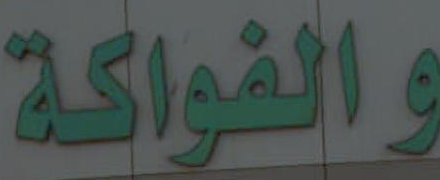
والفواكة